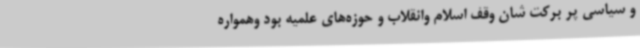
و سیاسی پر برکت شان وقف اسلام وانقلاب و حوزه‌های علمیه بود وهمواره